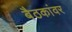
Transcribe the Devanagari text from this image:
बैठकांवर